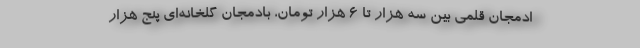
ادمجان قلمی بین سه هزار تا ۶ هزار تومان، بادمجان گلخانه‌ای پنج هزار